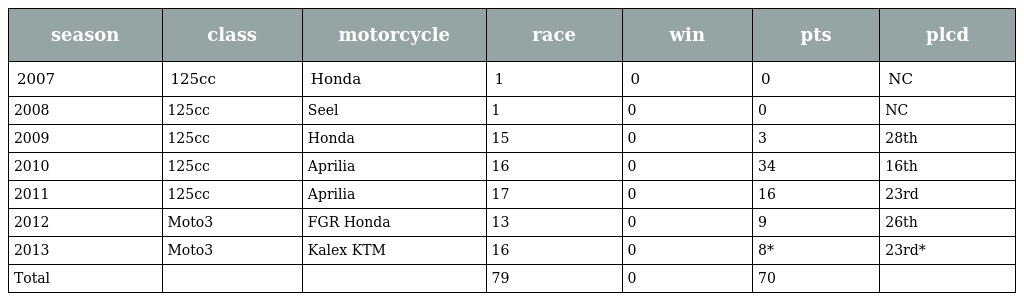
| season | class | motorcycle | race | win | pts | plcd |
 | --- | --- | --- | --- | --- | --- | --- |
 | 2007 | 125cc | Honda | 1 | 0 | 0 | NC |
 | 2008 | 125cc | Seel | 1 | 0 | 0 | NC |
 | 2009 | 125cc | Honda | 15 | 0 | 3 | 28th |
 | 2010 | 125cc | Aprilia | 16 | 0 | 34 | 16th |
 | 2011 | 125cc | Aprilia | 17 | 0 | 16 | 23rd |
 | 2012 | Moto3 | FGR Honda | 13 | 0 | 9 | 26th |
 | 2013 | Moto3 | Kalex KTM | 16 | 0 | 8* | 23rd* |
 | Total |  |  | 79 | 0 | 70 |  |